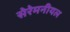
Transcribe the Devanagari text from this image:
सेरेमनीयल